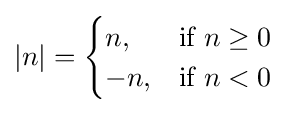
|n|={\begin{cases}n,&{\mbox{if }}n\geq 0\\-n,&{\mbox{if }}n<0\end{cases}}